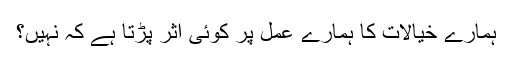
ہمارے خیالات کا ہمارے عمل پر کوئی اثر پڑتا ہے کہ نہیں؟